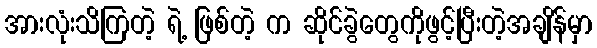
အားလုံးသိကြတဲ့ ရဲ့ ဖြစ်တဲ့ က ဆိုင်ခွဲတွေကိုဖွင့်ပြီးတဲ့အချိန်မှာ